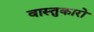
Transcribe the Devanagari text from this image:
वास्तुकारो